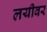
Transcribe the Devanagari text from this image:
लयीवर